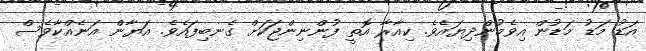
އަޑު މަޑު މަޑުން އިވެމުންދިޔައެވެ. ކިއާރާ އޮތީ ފުންނިންޖަކަށް ގެނބިފައެވެ. އަޔާން އަނެއްކާވެސް